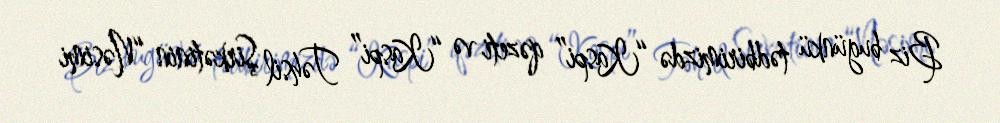
Biz bugünkü tədbirimizdə “Kaspi” qəzeti və “Kaspi” Təhsil Şirkətinin “Nəsimi